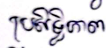
ប្រសិទ្ធិភាព